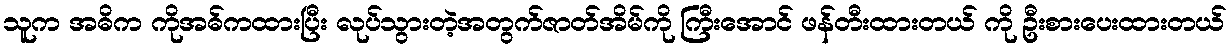
သူက အဓိက ကိုအဓ်ကထားပြီး လုပ်သွားတဲ့အတွက်ဇာတ်အိမ်ကို ကြီးအောင် ဖန်တီးထားတယ် ကို ဦးစားပေးထားတယ်